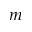
\textmu m